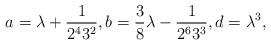
LaTeX: \begin{gather*}a = \lambda + \frac{1}{2^43^2},b = \frac{3}{8} \lambda - \frac{1}{2^63^3},d = \lambda^3,\end{gather*}